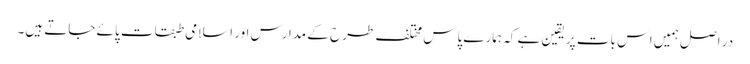
در اصل ہمیں اس بات پر یقین ہے کہ ہمارے پاس مختلف طرح کے مدارس اور اسلامی طبقات پائے جاتے ہیں۔